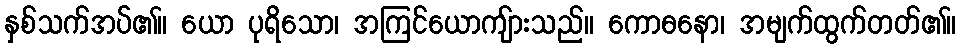
နှစ်သက်အပ်၏။ ယော ပုရိသော၊ အကြင်ယောကျ်ားသည်။ ကောဓနော၊ အမျက်ထွက်တတ်၏။